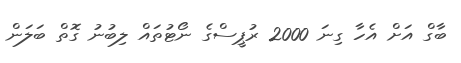
ބާގް އަށް އެހާ ގިނަ 2000 ރުޕީސްގެ ނޯޓުތައް ލިބުނު ގޮތް ބަލަން